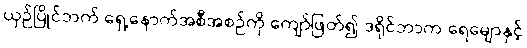
ယှဉ်ပြိုင်ဘက် ရှေ့နောက်အစီအစဉ်ကို ကျော်ဖြတ်၍ ဒရိုင်ဘာက ရေမျောနှင့်